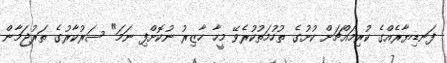
ފަނޑިޔާރެއްގެ ކުރިމައްޗަށް ކުށުގެ ތުހުމަތުކުރެވޭ މީހާ ހާޒިރު ނުކޮށްފި ނަމަ" ސަރުކާރުގެ ތަރުޖަމާން